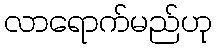
လာရောက်မည်ဟု